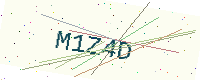
Text: M1Z4D